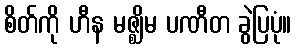
စိတ်ကို ဟီန မဇ္ဈိမ ပဏီတ ခွဲပြပုံ။